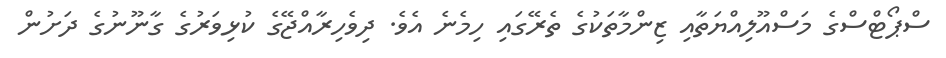
ސްޕޯޓްސްގެ މަސްއޫލިއްޔަތާއި ޒިންމާތަކުގެ ތެރޭގައި ހިމެނެ އެވެ. ދިވެހިރާއްޖޭގެ ކުޅިވަރުގެ ގާނޫނުގެ ދަށުން